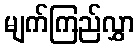
မျက်ကြည်လွှာ